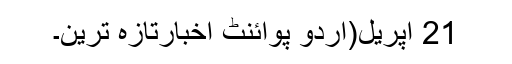
21 اپریل(اُردو پوائنٹ اخبارتازہ ترین۔